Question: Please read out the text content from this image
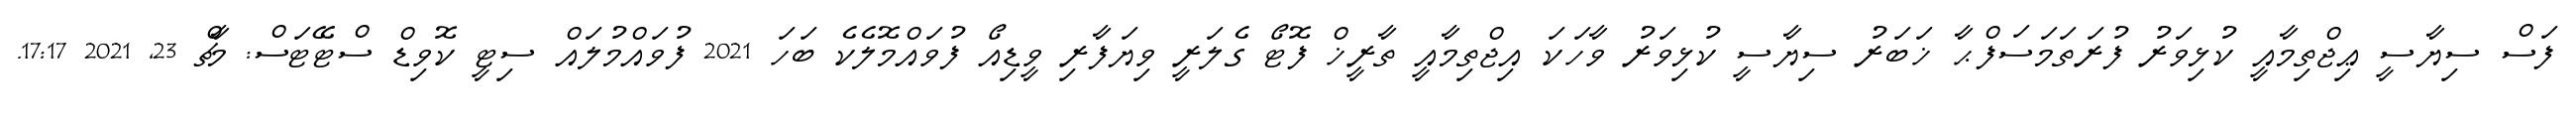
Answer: ފަސް ސިޔާސީ ޢިޖްތިމާއީ ކުޅިވަރު ފުރަތަމަސަފްޙާ ޚަބަރު ސިޔާސީ ކުޅިވަރު ވާހަކަ އިޖްތިމާއީ ތާރީޚް ފޮޓޯ ގެލަރީ ވިޔަފާރި ވީޑިއޯ ފުވައްމޮލެކެ ބަހަ 2021 ފުވައްމުލައް ސިޓީ ކޮވިޑް ސްޓޭޓަސް: މާޗް 23, 2021 17:17.